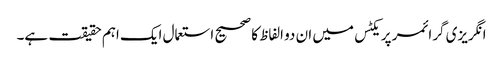
انگریزی گرائمر پریکٹس میں ان دو الفاظ کا صحیح استعمال ایک اہم حقیقت ہے۔